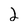
Character: 2